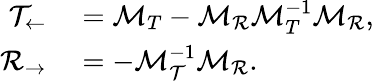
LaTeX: \begin{array}{rl}{\mathcal{T}_{\leftarrow}}&{{}=\mathcal{M}_{T}-\mathcal{M}_{\mathcal{R}}\mathcal{M}_{T}^{-1}\mathcal{M}_{\mathcal{R}},}\\ {\mathcal{R}_{\rightarrow}}&{{}=-\mathcal{M}_{\mathcal{T}}^{-1}\mathcal{M}_{\mathcal{R}}.}\end{array}